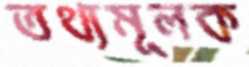
তথ্যমূলক